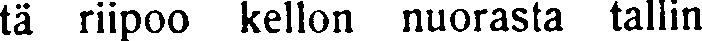
tä riipoo kellon nuorasta tallin